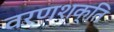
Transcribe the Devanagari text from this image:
वरणशक्ति